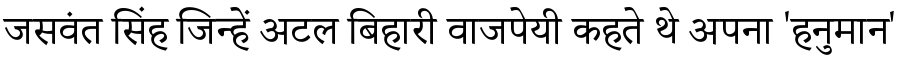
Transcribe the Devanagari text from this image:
जसवंत सिंह जिन्हें अटल बिहारी वाजपेयी कहते थे अपना 'हनुमान'